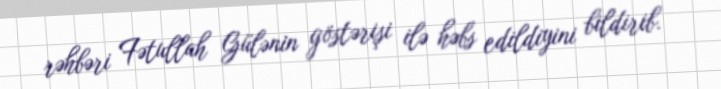
rəhbəri Fətullah Gülənin göstərişi ilə həbs edildiyini bildirib.